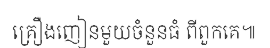
គ្រឿងញៀនមួយចំនួនធំ ពីពួកគេ៕